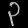
Digit: ၃